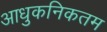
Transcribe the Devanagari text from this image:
आधुकनिकतम